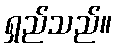
ရှည်သည်။